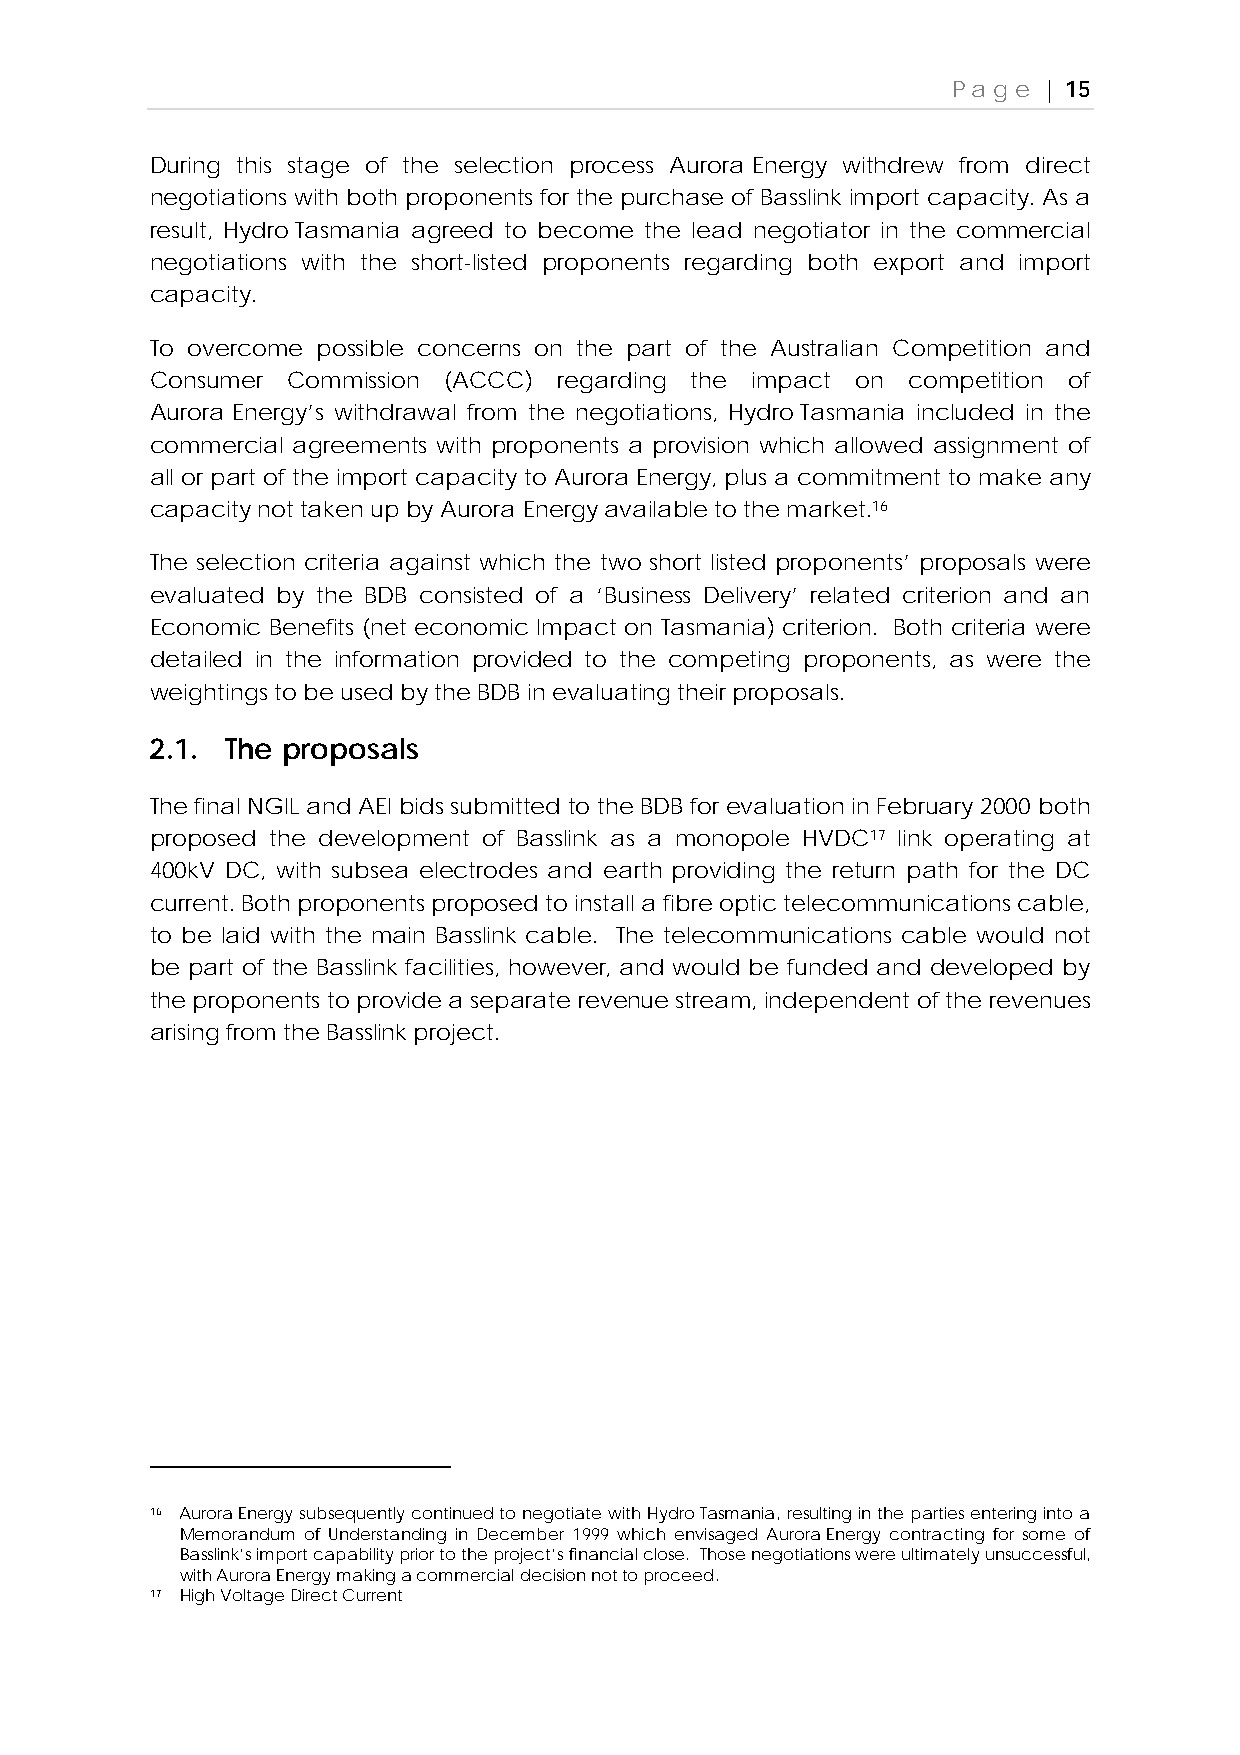
Page  | 15
 During this stage of the selection process Aurora Energy withdrew from direct
 negotiations with both proponents for the purchase of Basslink import capacity. As a
 result, Hydro Tasmania agreed to become the lead negotiator in the commercial
 negotiations with the short-listed proponents regarding both export and import
 capacity.
 To overcome possible concerns on the part of the Australian Competition and
 Consumer Commission (ACCC) regarding the impact on competition of
 Aurora Energy’s withdrawal from the negotiations, Hydro Tasmania included in the
 commercial agreements with proponents a provision which allowed assignment of
 all or part of the import capacity to Aurora Energy, plus a commitment to make any
 capacity not taken up by Aurora Energy available to the market.16
 The selection criteria against which the two short listed proponents’ proposals were
 evaluated by the BDB consisted of a ‘Business Delivery’ related criterion and an
 Economic Benefits (net economic Impact on Tasmania) criterion. Both criteria were
 detailed in the information provided to the competing proponents, as were the
 weightings to be used by the BDB in evaluating their proposals.
 2.1. The proposals
 The final NGIL and AEI bids submitted to the BDB for evaluation in February 2000 both
 proposed the development of Basslink as a monopole HVDC17 link operating at
 400kV DC, with subsea electrodes and earth providing the return path for the DC
 current. Both proponents proposed to install a fibre optic telecommunications cable,
 to be laid with the main Basslink cable. The telecommunications cable would not
 be part of the Basslink facilities, however, and would be funded and developed by
 the proponents to provide a separate revenue stream, independent of the revenues
 arising from the Basslink project.
 16 Aurora Energy subsequently continued to negotiate with Hydro Tasmania, resulting in the parties entering into a
 Memorandum of Understanding in December 1999 which envisaged Aurora Energy contracting for some of
 Basslink’s import capability prior to the project’s financial close. Those negotiations were ultimately unsuccessful,
 with Aurora Energy making a commercial decision not to proceed.
 17 High Voltage Direct Current